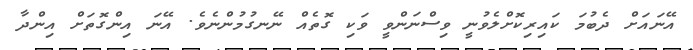
އޭނައަށް ދެބުމަ ކައިރިކޮށްލެވުނީ ވިސްނަންވީ ވަކި ގޮތެއް ނޭނގުމުންނެވެ. އޭނަ އިންގޮތަށް އިންދާ